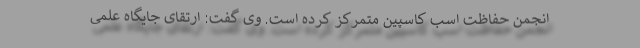
انجمن حفاظت اسب کاسپین متمرکز کرده است. وی گفت: ارتقای جایگاه علمی